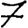
Digit: 7